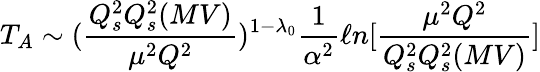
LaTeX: T_{A}\sim({\frac{Q_{s}^{2}Q_{s}^{2}(MV)}{\mu^{2}Q^{2}}})^{1-\lambda_{0}}{\frac{1}{\alpha^{2}}}\ell n[{\frac{\mu^{2}Q^{2}}{Q_{s}^{2}Q_{s}^{2}(MV)}}]